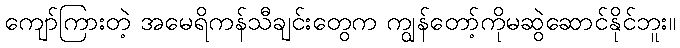
ကျော်ကြားတဲ့ အမေရိကန်သီချင်းတွေက ကျွန်တော့်ကိုမဆွဲဆောင်နိုင်ဘူး။